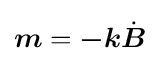
{\boldsymbol {m}}={\boldsymbol {-k}}{\dot {\boldsymbol {B}}}